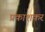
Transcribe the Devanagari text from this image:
प्रकाशकर